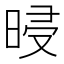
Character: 𣆲